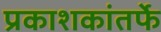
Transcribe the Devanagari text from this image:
प्रकाशकांतर्फे